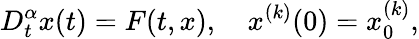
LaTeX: D_{t}^{\alpha}x(t)=F(t,x),\quad x_{}^{(k)}(0)=x_{0}^{(k)},